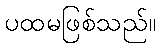
ပထမဖြစ်သည်။